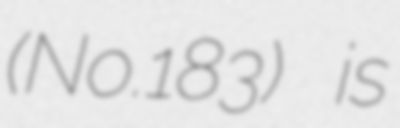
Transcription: (No.183) is